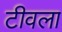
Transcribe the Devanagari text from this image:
टीवला